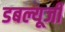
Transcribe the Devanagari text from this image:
डबल्यूजी